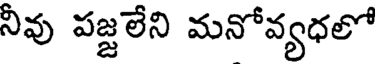
నీవు పజ్జలేని మనోవ్యధలో